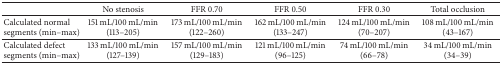
|  | No stenosis | FFR 0.70 | FFR 0.50 | FFR 0.30 | Total occlusion |
 | --- | --- | --- | --- | --- | --- |
 | Calculated normal segments (min–max) | 151 mL/100 mL/min(113–205) | 173 mL/100 mL/min(122–260) | 162 mL/100 mL/min(133–247) | 124 mL/100 mL/min(70–207) | 108 mL/100 mL/min(43–167) |
 | Calculated defect segments (min–max) | 133 mL/100 mL/min(127–139) | 157 mL/100 mL/min(129–183) | 121 mL/100 mL/min(96–125) | 74 mL/100 mL/min(66–78) | 34 mL/100 mL/min(34–39) |